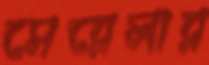
সেরেলার